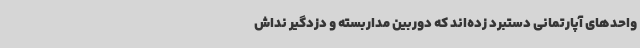
واحدهای آپارتمانی دستبرد زده‌اند که دوربین مداربسته و دزدگیر نداش